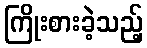
ကြိုးစားခဲ့သည့်